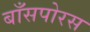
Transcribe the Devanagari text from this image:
बाँसपोरस